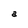
Character: a